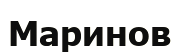
Маринов